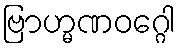
ဗြာဟ္မဏဝဂ္ဂေါ